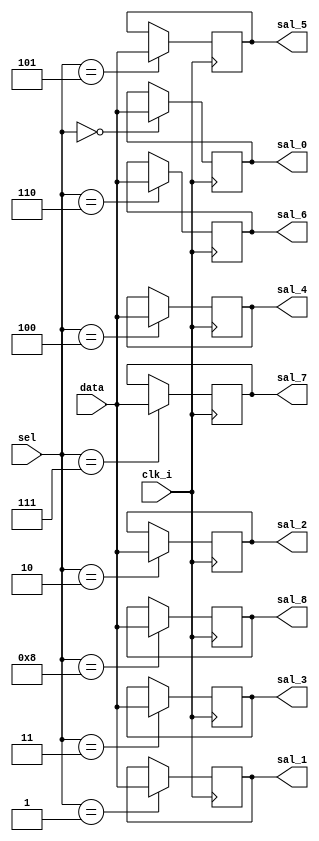
`timescale 1ns / 1ps
//////////////////////////////////////////////////////////////////////////////////
// Company: 
// 
// Design Name: 
// Module Name:    DeMUX 
// Project Name: 
// Target Devices: 
// Tool versions: 
// Description: 
//
// Dependencies: 
//
// Revision: 
// Revision 0.01 - File Created
// Additional Comments: 
//
//////////////////////////////////////////////////////////////////////////////////

//Demultiplexor de decenas

module DeMUX(clk_i,data,sel,sal_0,sal_1,sal_2,sal_3,sal_4,sal_5,sal_6,sal_7,sal_8);
input clk_i;
input [3:0] sel,data;
output reg[3:0] sal_0,sal_1,sal_2,sal_3,sal_4,sal_5,sal_6,sal_7,sal_8;

always@(posedge clk_i)
	begin
		case(sel)
		4'd0: sal_0=data;
		4'd1: sal_1=data;
		4'd2: sal_2=data;
		4'd3: sal_3=data;
		4'd4: sal_4=data;
		4'd5: sal_5=data;
		4'd6: sal_6=data;
		4'd7: sal_7=data;
		4'd8: sal_8=data;
		endcase

	end

endmodule